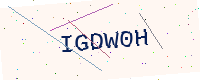
Text: IGDW0H